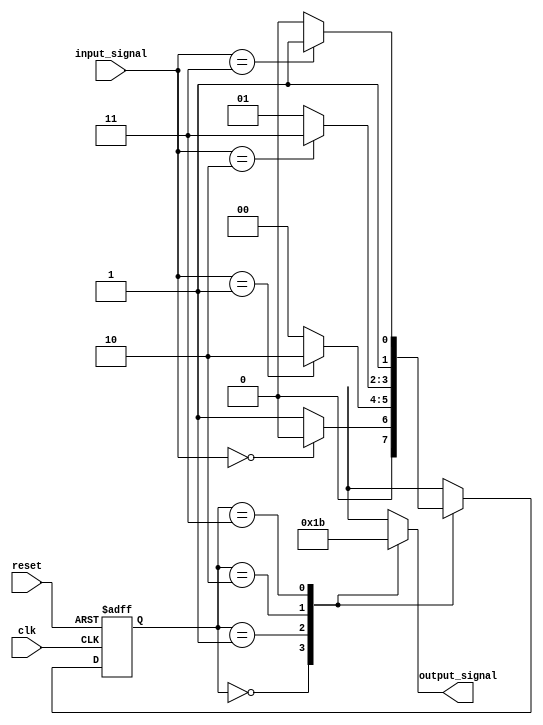
module fsm(
    input wire clk,
    input wire reset,
    input wire [1:0] input_signal,
    output reg [1:0] output_signal
);

// Define state registers
reg [1:0] current_state;
reg [1:0] next_state;

// Define state parameters
parameter STATE_A = 2'b00;
parameter STATE_B = 2'b01;
parameter STATE_C = 2'b10;
parameter STATE_D = 2'b11;

always @(posedge clk or posedge reset) begin
    if (reset) begin
        current_state <= STATE_A;
    end else begin
        current_state <= next_state;
    end
end

// Define combinational logic for state transitions
always @* begin
    case (current_state)
        STATE_A: begin
            if (input_signal == 2'b00)
                next_state = STATE_A;
            else
                next_state = STATE_B;
        end
        STATE_B: begin
            if (input_signal == 2'b01)
                next_state = STATE_C;
            else
                next_state = STATE_A;
        end
        STATE_C: begin
            if (input_signal == 2'b10)
                next_state = STATE_D;
            else
                next_state = STATE_B;
        end
        STATE_D: begin
            if (input_signal == 2'b11)
                next_state = STATE_D;
            else
                next_state = STATE_C;
        end
        default: next_state = STATE_A;
    endcase
end

// Define output logic based on current state
always @* begin
    case (current_state)
        STATE_A: output_signal = 2'b00;
        STATE_B: output_signal = 2'b01;
        STATE_C: output_signal = 2'b10;
        STATE_D: output_signal = 2'b11;
        default: output_signal = 2'b00;
    endcase
end

endmodule